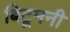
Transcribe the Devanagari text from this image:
बिटूमनी